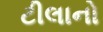
ટીલાનો